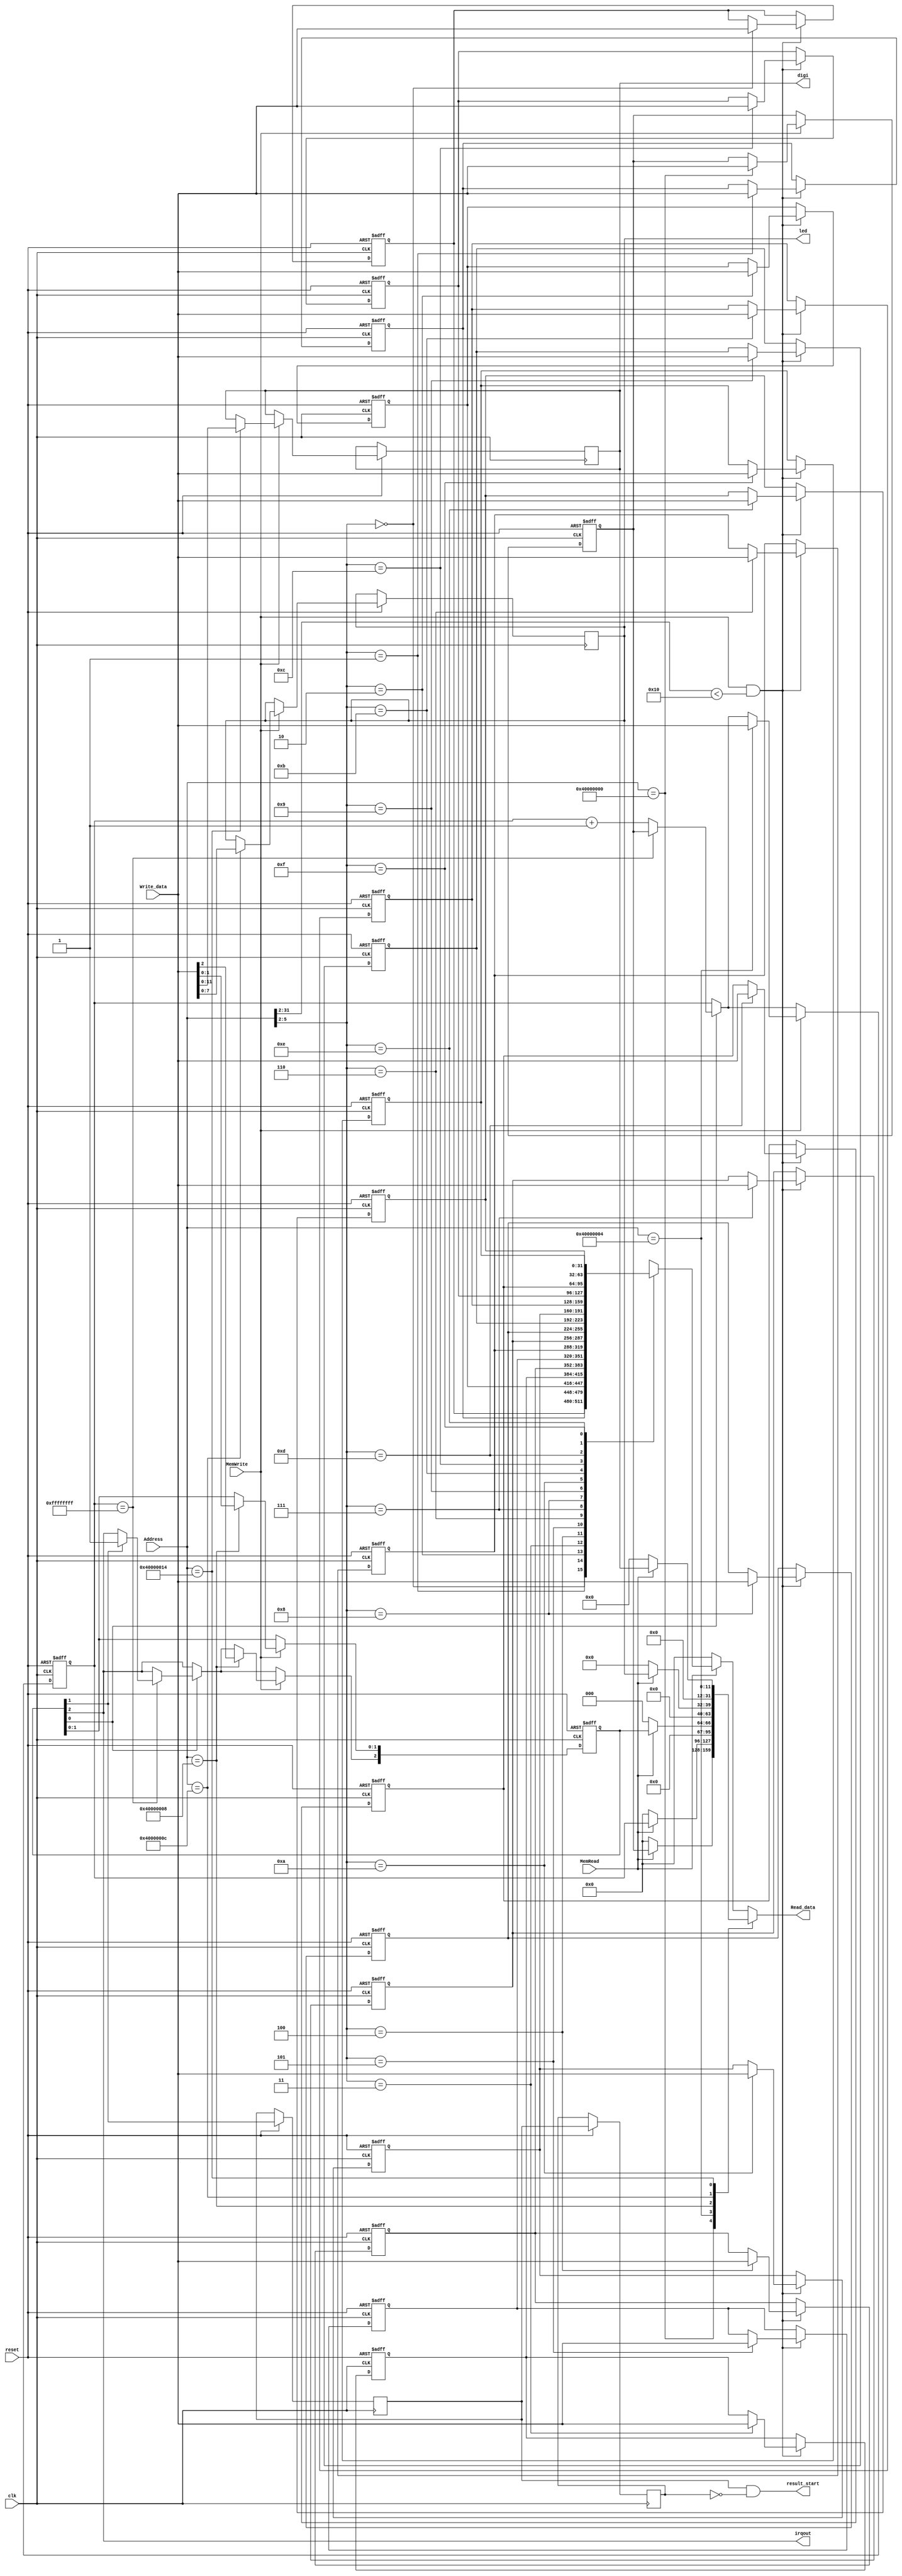

module DataMemory(reset, clk, Address, Write_data, Read_data, MemRead, MemWrite, 
                  led, digi, irqout, result_start);
	input             reset, clk;
	input      [31:0] Address, Write_data;
	input             MemRead, MemWrite;
	// input      [7:0]  switch;
	output            result_start;
	output reg [7:0]  led;
	output reg [11:0] digi;
	output wire       irqout;
	output reg [31:0] Read_data;
	
	parameter RAM_SIZE = 16;
	parameter RAM_SIZE_BIT = 8;
	
	reg [31:0] RAM_data[RAM_SIZE - 1: 0];
	reg [31:0] TH,TL;
	reg [2:0]  TCON;
	reg        TCON_r1, TCON_r2;
	wire       result_start;
	assign irqout = TCON[2];
	assign result_start = TCON_r1 & ~TCON_r2;
	
	always @(*) 
	begin
	    case(Address)
			  32'h40000000: Read_data <= MemRead? TH: 32'd0;
			  32'h40000004: Read_data <= MemRead? TL: 32'd0;
			  32'h40000008: Read_data <= MemRead? {29'b0,TCON}: 32'd0;
			  32'h4000000c: Read_data <= MemRead? {24'b0,led}: 32'd0;
			  // 32'h40000010: Read_data <= MemRead? {24'b0,switch}: 32'd0;
			  32'h40000014: Read_data <= MemRead? {20'b0,digi}: 32'd0;
			  default: Read_data <= MemRead? RAM_data[Address[31:2]]: 32'd0;
		 endcase
	end
	
	always@(negedge reset or posedge clk) 
	begin
	    if(~reset) 
		 begin
		    TH <= 32'b0;
		    TL <= 32'b0;
		    TCON <= 3'b0;	
	    end
	    else 
		 begin
		     TCON_r1 <= TCON[1];	 
	        TCON_r2 <= TCON_r1;
		     if(TCON[0]) 
			  begin	    //timer is enabled
			      if(TL==32'hffffffff) 
					begin
				       TL <= TH;
				       if(TCON[1]) TCON[2] <= 1'b1;		//irq is enabled
			      end
			      else TL <= TL + 1;
		     end
		     if(MemWrite) begin
			      case(Address)
				       32'h40000000: TH <= Write_data;
				       32'h40000004: TL <= Write_data;
				       32'h40000008: TCON <= Write_data[2:0];		
				       32'h4000000C: led <= Write_data[7:0];			
				       32'h40000014: digi <= Write_data[11:0];
				       default: ;
			      endcase
		     end
	    end
   end
	
	integer i;
	always @(negedge reset or posedge clk)
	   if (~reset)
	       for (i = 0; i < RAM_SIZE; i = i + 1)
		        RAM_data[i] <= 32'h00000000;
		else if (MemWrite && Address[31:2] < RAM_SIZE)
		begin 
		    RAM_data[Address[31:2]] <= Write_data;
		end		

			
endmodule